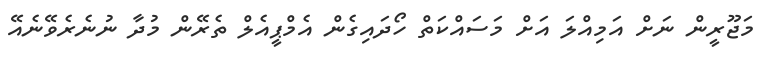
މަޖޫރީން ނަށް އަމިއްލަ އަށް މަސައްކަތް ހޯދައިގެން އެމްޕީއެލް ތެރޭން މުދާ ނުނެރެވޭނެއޭ